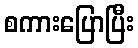
စကားပြောပြီး